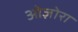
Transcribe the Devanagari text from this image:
ओज़ोरा